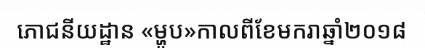
ភោជនីយដ្ឋាន «ម្ហូប»កាលពីខែមករាឆ្នាំ២០១៨